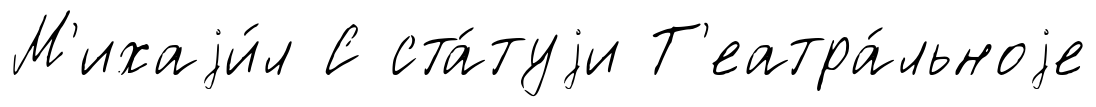
М'ихаjи́л С ста́туjи Т'еатра́льноjе